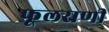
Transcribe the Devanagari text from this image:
फूलराणी